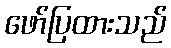
ဖော်ပြထားသည်